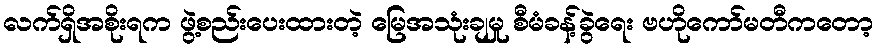
လက်ရှိအစိုးရက ဖွဲ့စည်းပေးထားတဲ့ မြေအသုံးချမှု စီမံခန့်ခွဲရေး ဗဟိုကော်မတီကတော့